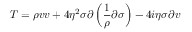
T = \rho v v + 4 \eta ^ { 2 } \sigma \partial \left( \frac { 1 } { \rho } \partial \sigma \right) - 4 i \eta \sigma \partial v